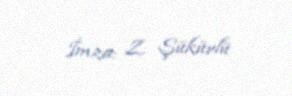
İmza: Z. Şükürlü